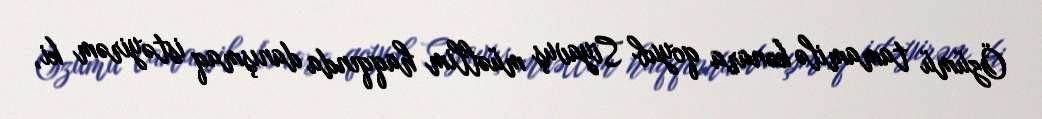
Özümü tamamilə kənara qoyub Siyavuş müəllim haqqında danışmaq istəyirəm ki,